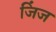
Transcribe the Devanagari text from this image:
जिंज